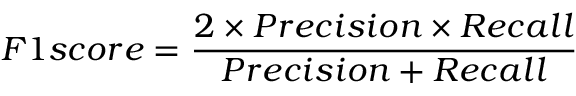
F 1 s c o r e = \frac { 2 \times P r e c i s i o n \times R e c a l l } { P r e c i s i o n + R e c a l l }